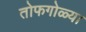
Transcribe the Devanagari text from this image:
तोफगोळ्या